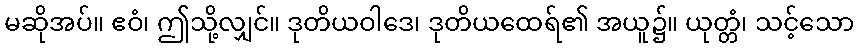
မဆိုအပ်။ ဧဝံ၊ ဤသို့လျှင်။ ဒုတိယဝါဒေ၊ ဒုတိယထေရ်၏ အယူ၌။ ယုတ္တံ၊ သင့်သော